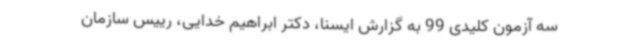
سه آزمون کلیدی 99 به گزارش ایسنا، دکتر ابراهیم خدایی، رییس سازمان